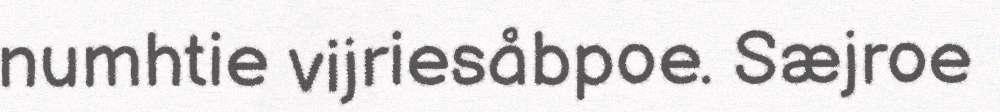
numhtie vijriesåbpoe. Sæjroe